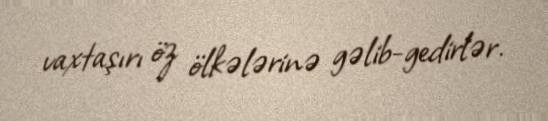
vaxtaşırı öz ölkələrinə gəlib-gedirlər.